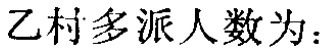
乙村多派人数为：